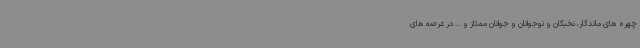
چهره های ماندگار، نخبگان و نوجوانان و جوانان ممتاز و ... در عرصه های